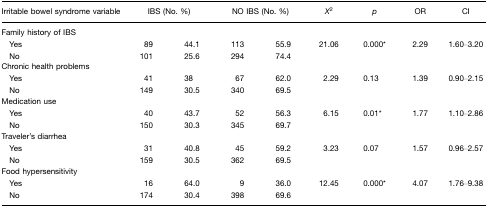
| Irritable bowel syndrome variable | <COLSPAN=2> IBS (No.%) | <COLSPAN=2> NO IBS (No.%) | X2 | p | OR | CI |
 | --- | --- | --- | --- | --- | --- | --- | --- | --- |
 | Family history of IBS |  |  |  |  |  |  |  |  |
 | Yes | 89 | 44.1 | 113 | 55.9 | 21.06 | 0.000* | 2.29 | 1.60–3.20 |
 | No | 101 | 25.6 | 294 | 74.4 |
 | Chronic health problems |  |  |  |  |  |  |  |  |
 | Yes | 41 | 38 | 67 | 62.0 | 2.29 | 0.13 | 1.39 | 0.90–2.15 |
 | No | 149 | 30.5 | 340 | 69.5 |
 | Medication use |  |  |  |  |  |  |  |  |
 | Yes | 40 | 43.7 | 52 | 56.3 | 6.15 | 0.01* | 1.77 | 1.10–2.86 |
 | No | 150 | 30.3 | 345 | 69.7 |
 | Traveler's diarrhea |  |  |  |  |  |  |  |  |
 | Yes | 31 | 40.8 | 45 | 59.2 | 3.23 | 0.07 | 1.57 | 0.96–2.57 |
 | No | 159 | 30.5 | 362 | 69.5 |
 | Food hypersensitivity |  |  |  |  |  |  |  |  |
 | Yes | 16 | 64.0 | 9 | 36.0 | 12.45 | 0.000* | 4.07 | 1.76–9.38 |
 | No | 174 | 30.4 | 398 | 69.6 |